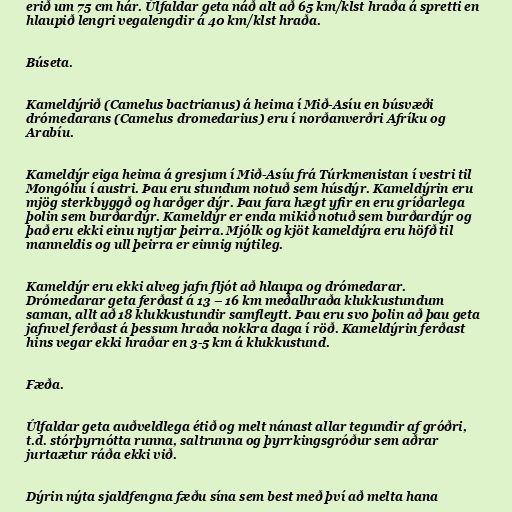
erið um 75 cm hár. Úlfaldar geta náð alt að 65 km/klst hraða á spretti en
hlaupið lengri vegalengdir á 40 km/klst hraða.

Búseta.

Kameldýrið (Camelus bactrianus) á heima í Mið-Asíu en búsvæði
drómedarans (Camelus dromedarius) eru í norðanverðri Afríku og
Arabíu.

Kameldýr eiga heima á gresjum í Mið-Asíu frá Túrkmenistan í vestri til
Mongólíu í austri. Þau eru stundum notuð sem húsdýr. Kameldýrin eru
mjög sterkbyggð og harðger dýr. Þau fara hægt yfir en eru gríðarlega
þolin sem burðardýr. Kameldýr er enda mikið notuð sem burðardýr og
það eru ekki einu nytjar þeirra. Mjólk og kjöt kameldýra eru höfð til
manneldis og ull þeirra er einnig nýtileg.

Kameldýr eru ekki alveg jafn fljót að hlaupa og drómedarar.
Drómedarar geta ferðast á 13 – 16 km meðalhraða klukkustundum
saman, allt að 18 klukkustundir samfleytt. Þau eru svo þolin að þau geta
jafnvel ferðast á þessum hraða nokkra daga í röð. Kameldýrin ferðast
hins vegar ekki hraðar en 3-5 km á klukkustund.

Fæða.

Úlfaldar geta auðveldlega étið og melt nánast allar tegundir af gróðri,
t.d. stórþyrnótta runna, saltrunna og þyrrkingsgróður sem aðrar
jurtaætur ráða ekki við.

Dýrin nýta sjaldfengna fæðu sína sem best með því að melta hana